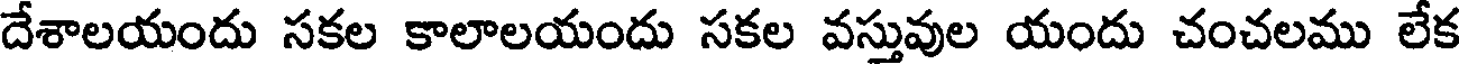
దేశాలయందు సకల కాలాలయందు సకల వస్తువుల యందు చంచలము లేక